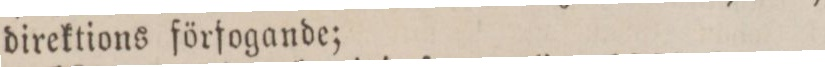
direktions förfogande;